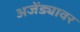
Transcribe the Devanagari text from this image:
अजेंड्यावर